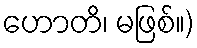
ဟောတိ၊ မဖြစ်။)